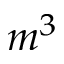
m ^ { 3 }